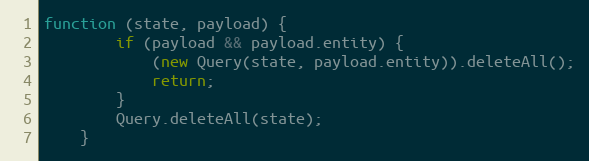
Language: JavaScript
function (state, payload) {
        if (payload && payload.entity) {
            (new Query(state, payload.entity)).deleteAll();
            return;
        }
        Query.deleteAll(state);
    }